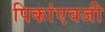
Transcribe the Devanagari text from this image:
पिकांएवजी